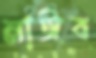
নাঈব